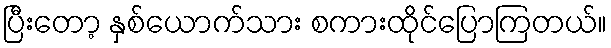
ပြီးတော့ နှစ်ယောက်သား စကားထိုင်ပြောကြတယ်။